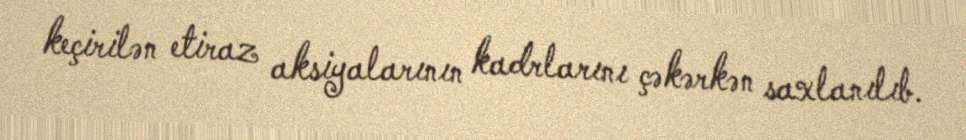
keçirilən etiraz aksiyalarının kadrlarını çəkərkən saxlanılıb.